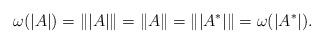
LaTeX: \begin{align*}\omega(|A|) = \||A|\| = \| A \| = \| | A^{*} | \| =\omega(|A^{*}|).\end{align*}